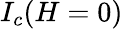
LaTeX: I_{c}(H=0)